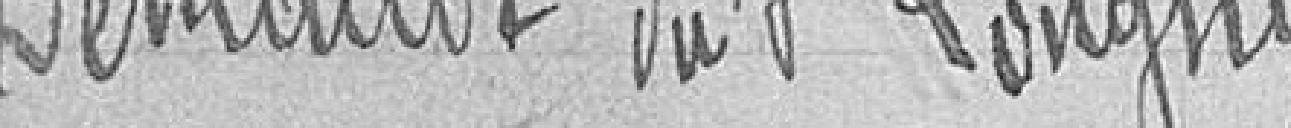
Demande de Sieur Longhy